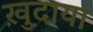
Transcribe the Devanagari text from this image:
ख़ु़दाया